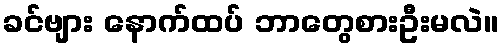
ခင်ဗျား နောက်ထပ် ဘာတွေစားဦးမလဲ။